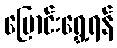
ပြောင်းရွှေ့ရန်